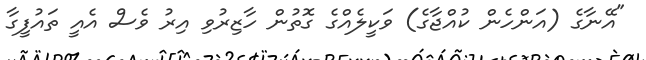
"އޭނާގެ (އަންހެން ކުއްޖާގެ) ވަކީލެއްގެ ގޮތުން ހާޒިރުވި އިރު ވެސް އެއީ ތައުފީގާ